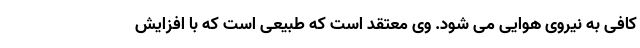
کافی به نیروی هوایی می شود. وی معتقد است که طبیعی است که با افزایش